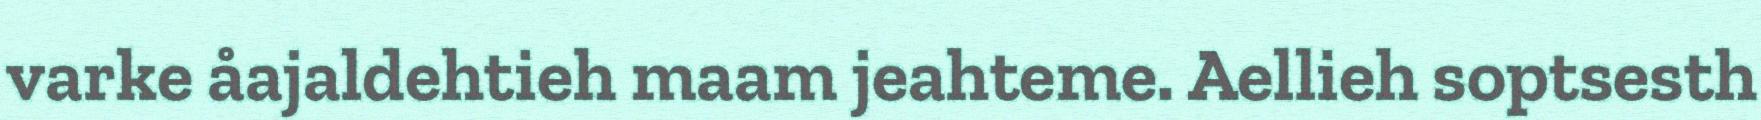
varke åajaldehtieh maam jeahteme. Aellieh soptsesth